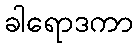
ခါရောဒကာ